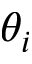
\theta _ { i }